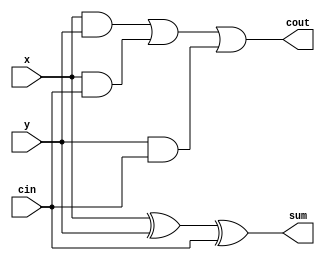
module FullAdder(x,y,cin,cout,sum);
	input x, y, cin;
	output cout, sum;

	assign sum = x ^ y ^ cin;
	assign cout = (x && y) || (x && cin) || (y && cin);

endmodule